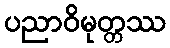
ပညာဝိမုတ္တဿ